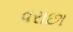
વરાછા